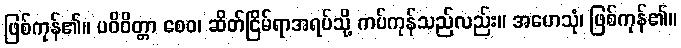
ဖြစ်ကုန်၏။ ပဝိဝိတ္တာ စေဝ၊ ဆိတ်ငြိမ်ရာအရပ်သို့ ကပ်ကုန်သည်လည်း။ အဟေသုံ၊ ဖြစ်ကုန်၏။